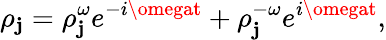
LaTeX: {\rho}_{\mathbf{j}}={\rho}_{\mathbf{j}}^{\omega}e^{-i\omegat}+{\rho}_{\mathbf{j}}^{-\omega}e^{i\omegat},